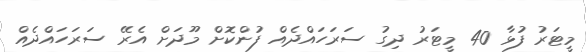
މީޓަރު ފުޅާ 40 މީޓަރު ދިގު ސަރަހައްދެއް ފުންކޮށް މޫދަށް އެރޭ ސަރަހައްދެއް